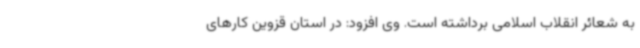
به شعائر انقلاب اسلامی برداشته است. وی افزود: در استان قزوین کارهای